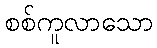
စစ်ကူလာသော